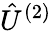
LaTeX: {\hat{U}}^{(2)}